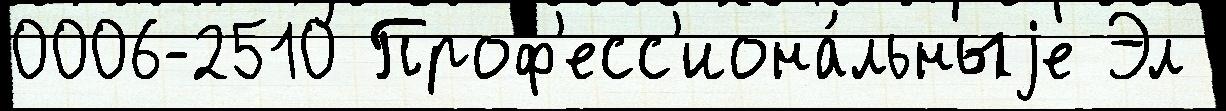
0006-2510 Проф'есс'иона́льныjе Эл